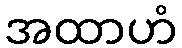
အထာဟံ